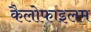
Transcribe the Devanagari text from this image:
कैलोफाइलम